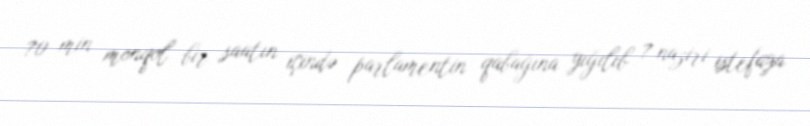
70 min monqol bir saatın içində parlamentin qabağına yığılıb 7 naziri istefaya